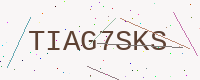
Text: TIAG7SKS